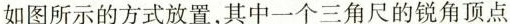
如图所示的方式放置，其中一个三角尺的锐角顶点